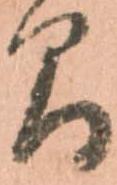
間